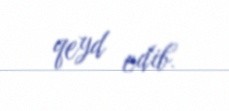
qeyd edib.